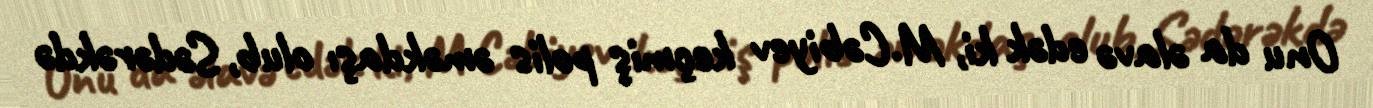
Onu da əlavə edək ki, M.Cəbiyev keçmiş polis əməkdaşı olub, Sədərəkdə